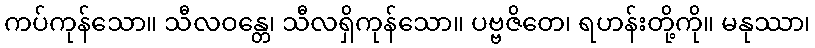
ကပ်ကုန်သော။ သီလဝန္တေ၊ သီလရှိကုန်သော။ ပဗ္ဗဇိတေ၊ ရဟန်းတို့ကို။ မနုဿာ၊